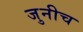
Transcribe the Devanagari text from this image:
जुनीच